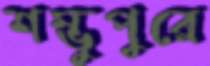
শম্ভুপুরে